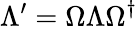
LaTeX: \Lambda^{\prime}=\Omega\Lambda\Omega^{\dagger}